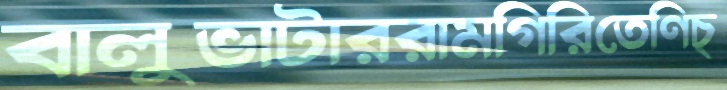
বালুভাটাররামগিরিতেণিচ্